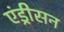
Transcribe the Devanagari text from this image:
एंड्रीसन